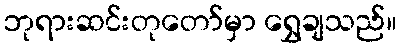
ဘုရားဆင်းတုတော်မှာ ရွှေချသည်။